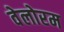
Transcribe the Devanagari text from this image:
वेलोरम